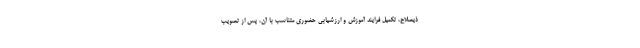
ذیصلاح، تکمیل فرایند آموزش و ارزشیابی حضوری متناسب با آن، پس از تصویب